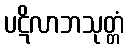
ပဋိလာဘသုတ္တံ